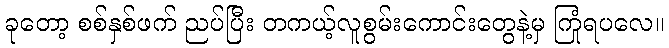
ခုတော့ စစ်နှစ်ဖက် ညပ်ပြီး တကယ့်လူစွမ်းကောင်းတွေနဲ့မှ ကြုံရပလေ။